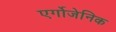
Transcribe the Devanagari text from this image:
एर्गोजेनिक